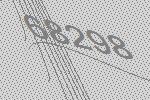
68298